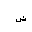
Letter: _dad